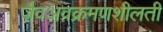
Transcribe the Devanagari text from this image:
जैवअवक्रमणशीलती